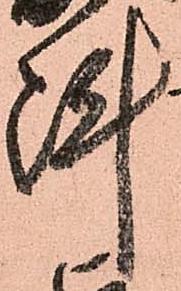
陣